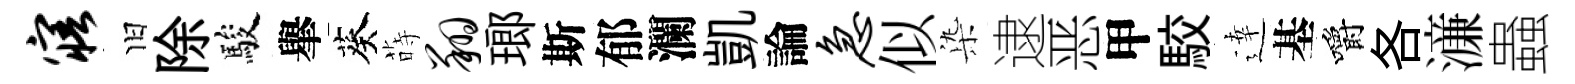
寤旧除駿𦦙葵蒔翔瑯斯郁瀾凱論急似𣑱逮恶甲駮逹基嚼各濓蟲